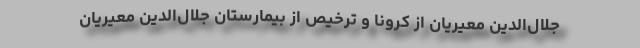
جلال‌الدین معیریان از کرونا و ترخیص از بیمارستان جلال‌الدین معیریان